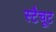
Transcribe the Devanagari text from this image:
स्टैचूट